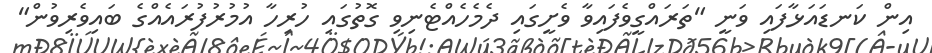
އިން ކަނޑައަޅާފައި ވަނީ "ތަރައްގީވެފައިވާ ވެށީގައި ދެމެހެއްޓެނިވި ގޮތުގައި ހުރިހާ އުމުރުފުރައެއްގެ ބައިވެރިވުން"